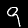
Digit: 9